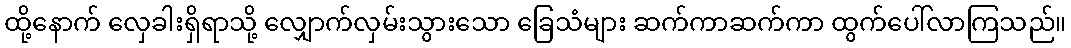
ထို့နောက် လှေခါးရှိရာသို့ လျှောက်လှမ်းသွားသော ခြေသံများ ဆက်ကာဆက်ကာ ထွက်ပေါ်လာကြသည်။